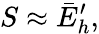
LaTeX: S\approx\bar{E}_{h}^{\prime},